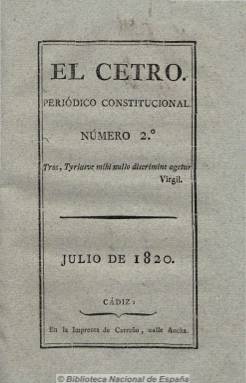
Título: El Cetro (Cádiz)
Colección: Periódicos anteriores a 1850
Ámbito geográfico: Cádiz
Lugar de publicación: Cádiz
Fechas: 01/07/1820-31/07/1820

Subtitulado como “periódico constitucional”, empezó a publicarse en julio de 1820, estampado en la imprenta gaditana de Carreño dos veces al mes, y aunque la colección de la Biblioteca Nacional de España consta de dos números, debió publicar unos cuatro, de unas cuarenta páginas cada uno, con paginación continuada, cuyos contenidos, de tendencia liberal moderada, son extensos artículos de fondo doctrinal sobre historia de la monarquía española, de carácter político, filosófico, constitucional y sobre la libertad de imprenta y los acontecimientos políticos de los periodos anteriores de la guerra de la independencia y el posterior sexenio absolutista. Sólo aparece uno de ellos firmado con las iniciales F.I.D.P., y se considera predecesor del periódico El cetro constitucional que, seguidamente será editado en Madrid por los periodistas liberales Manuel Eduardo Gorostiza, Félix Mejía y el gaditano José Joaquín Mora.